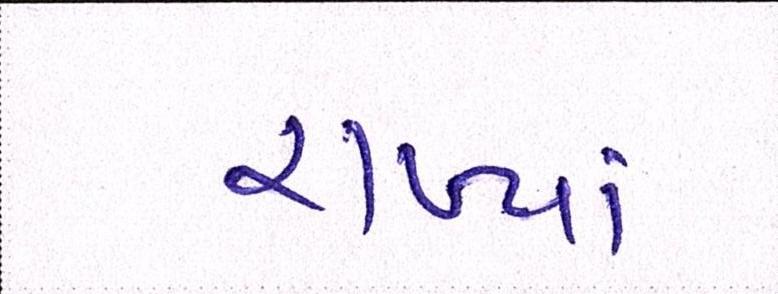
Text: રાખ્યાં